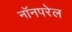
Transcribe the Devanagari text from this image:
नॉनपरेल